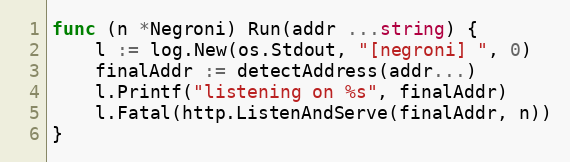
Language: Go
func (n *Negroni) Run(addr ...string) {
	l := log.New(os.Stdout, "[negroni] ", 0)
	finalAddr := detectAddress(addr...)
	l.Printf("listening on %s", finalAddr)
	l.Fatal(http.ListenAndServe(finalAddr, n))
}